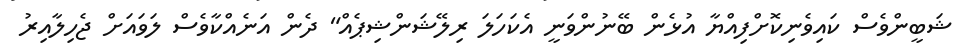
ޝަބީންވެސް ކައިވެނިކޮށްފިއްޔާ އުޅެން ބޭނުންވަނީ އެކަހަލަ ރިލޭޝަންޝިޕެއް" ދެން އަނެއްކާވެސް ލަވައަށް ޖެހިލާއިރު